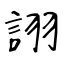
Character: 詡